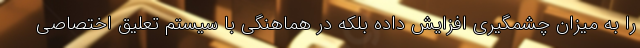
را به میزان چشمگیری افزایش داده بلکه در هماهنگی با سیستم تعلیق اختصاصی